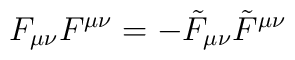
F_{\mu \nu}F^{\mu \nu} = - \tilde{F}_{\mu \nu}\tilde{F}^{\mu \nu}